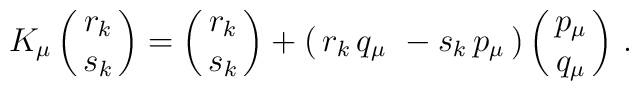
K_\mu \pmatrix{r_k\cr s_k} =  \pmatrix{r_k\cr s_k} + ( \,r_k \, q_\mu\,\,- s_k\, p_\mu\, ) \pmatrix{p_\mu\cr q_\mu}\,.